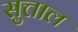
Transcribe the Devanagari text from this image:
सुत्ताल